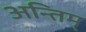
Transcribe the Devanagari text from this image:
अन्तिम्